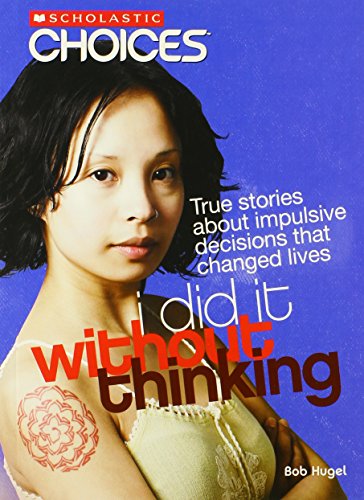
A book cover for I Did It Without Thinking: True Stories about Impulsive Decisions That Changed Lives (Scholastic Choices); Bob Hugel; Teen & Young Adult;